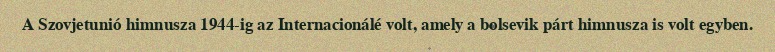
A Szovjetunió himnusza 1944-ig az Internacionálé volt, amely a bolsevik párt himnusza is volt egyben.